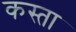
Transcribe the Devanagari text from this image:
कस्‍ता